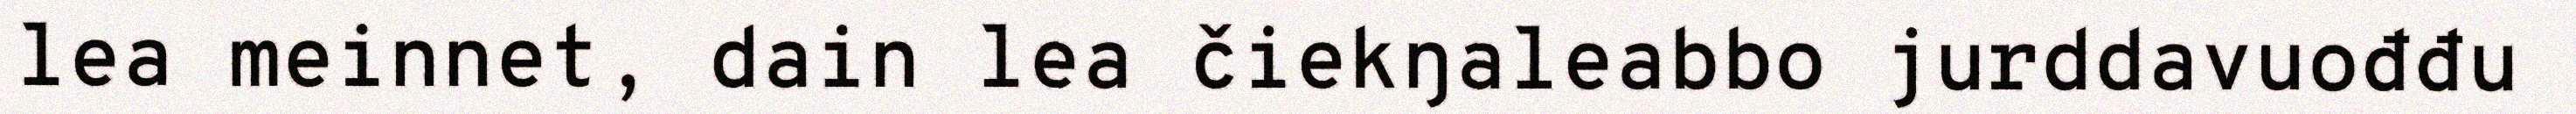
lea meinnet, dain lea čiekŋaleabbo jurddavuođđu